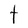
Character: t